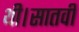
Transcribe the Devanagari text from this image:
थी।सातवीं